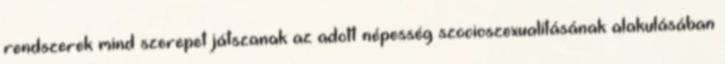
rendszerek mind szerepet játszanak az adott népesség szocioszexualitásának alakulásában